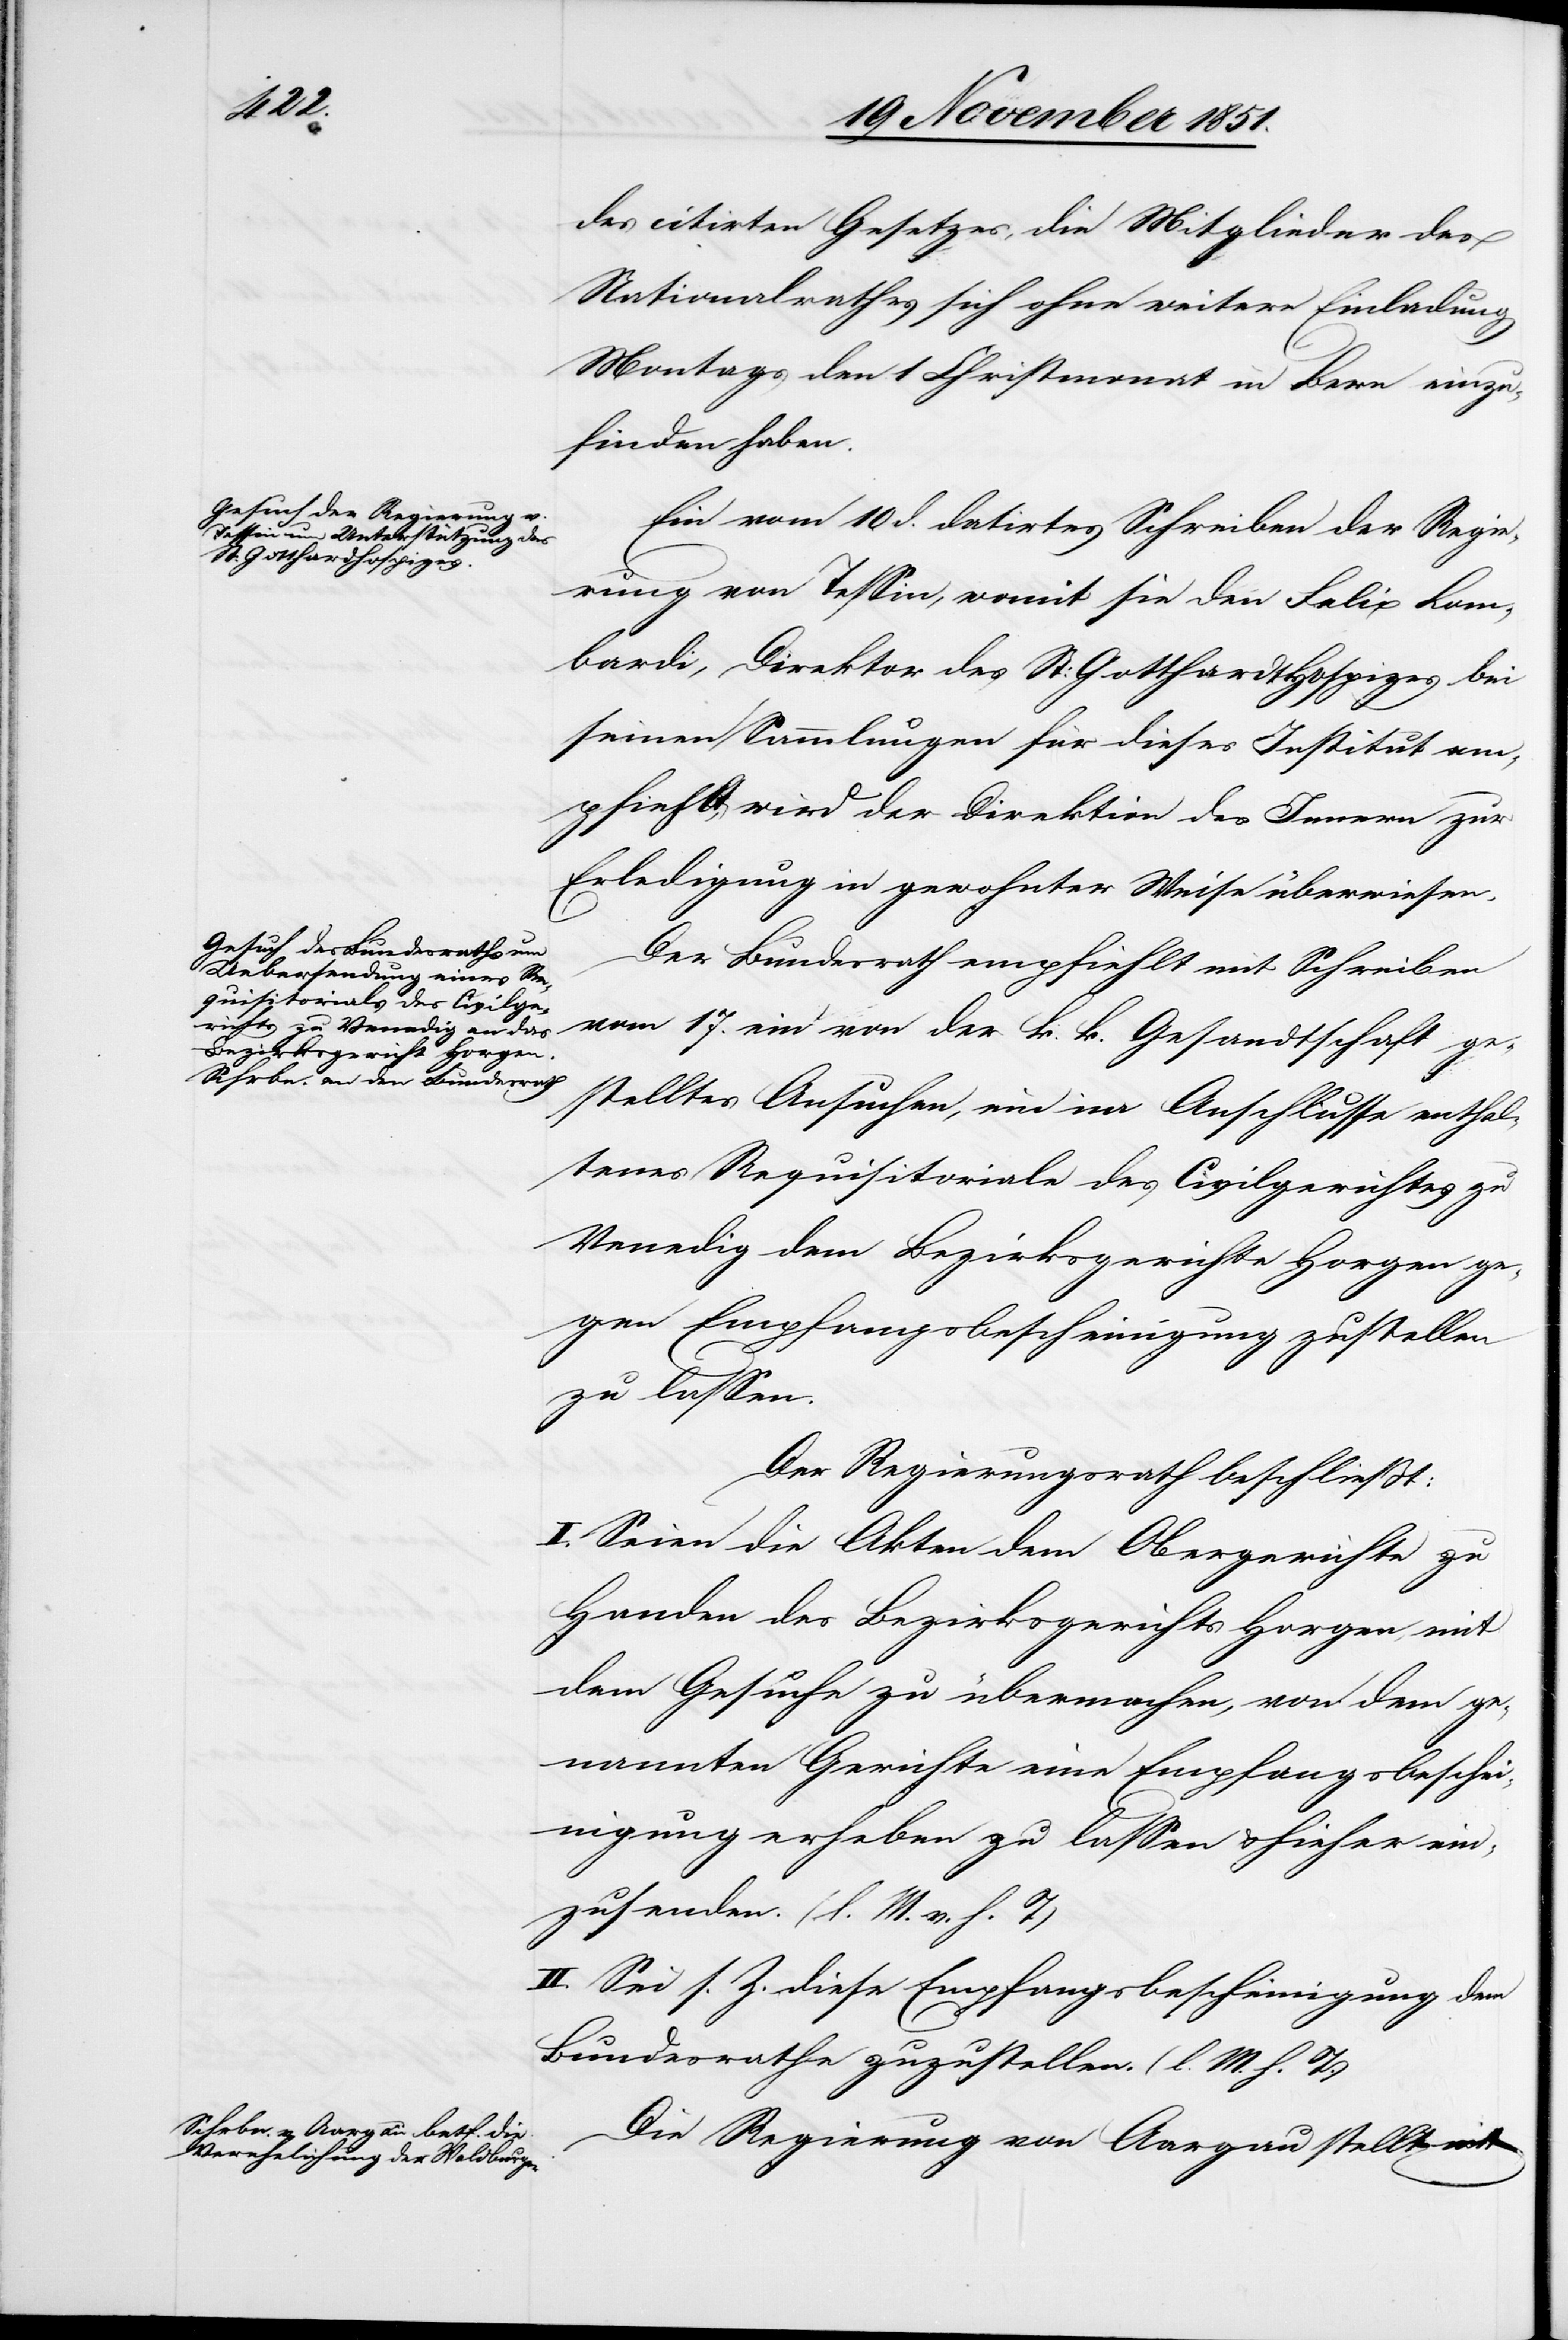
des citirten Gesetzes, die Mitglieder des
Nationalrathes sich ohne weitere Einladung
Montags den 1 Christmonat in Bern einzu¬
finden haben.
Ein vom 10 d. datirtes Schreiben der Regie¬
rung von Tessin, womit sie den Felix Lom¬
bardi, Direktor des St: Gotthardthospizes bei
seinen Sammlungen für dieses Institut em¬
pfiehlt, wird der Direktion des Innern zur
Erledigung in gewohnter Weise überwiesen.
Der Bundesrath empfiehlt mit Schreiben
vom 17. ein von der k. k. Gesandtschaft ge¬
stelltes Ansuchen, ein im Anschlusse enthal¬
tenes Requisitoriale des Civilgerichtes zu
Venedig dem Bezirksgerichte Horgen ge¬
gen Empfangsbescheinigung zustellen
zu lassen.
Der Regierungsrath beschließt:
I. Seien die Akten dem Obergerichte zu
Handen des Bezirksgerichts Horgen, mit
dem Gesuche zu übermachen, von dem ge¬
nannten Gerichte eine Empfangsbesche¬
inigung erheben zu lassen & hieher ein¬
zusenden. (l. M. v. h. T)
II. Sei s. Z. diese Empfangsbescheinigung dem
Bundesrathe zuzustellen. (l. M. h. T.)
Die Regierung von Aargau stellt mit